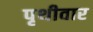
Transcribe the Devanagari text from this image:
पृथीवार